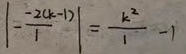
\vert - \frac { - 2 ( k - 1 ) } { 1 } \vert = \frac { k ^ { 2 } } { 1 } - 1